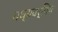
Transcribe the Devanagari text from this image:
मध्यवर्गिय